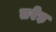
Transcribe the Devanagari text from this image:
तरेड़